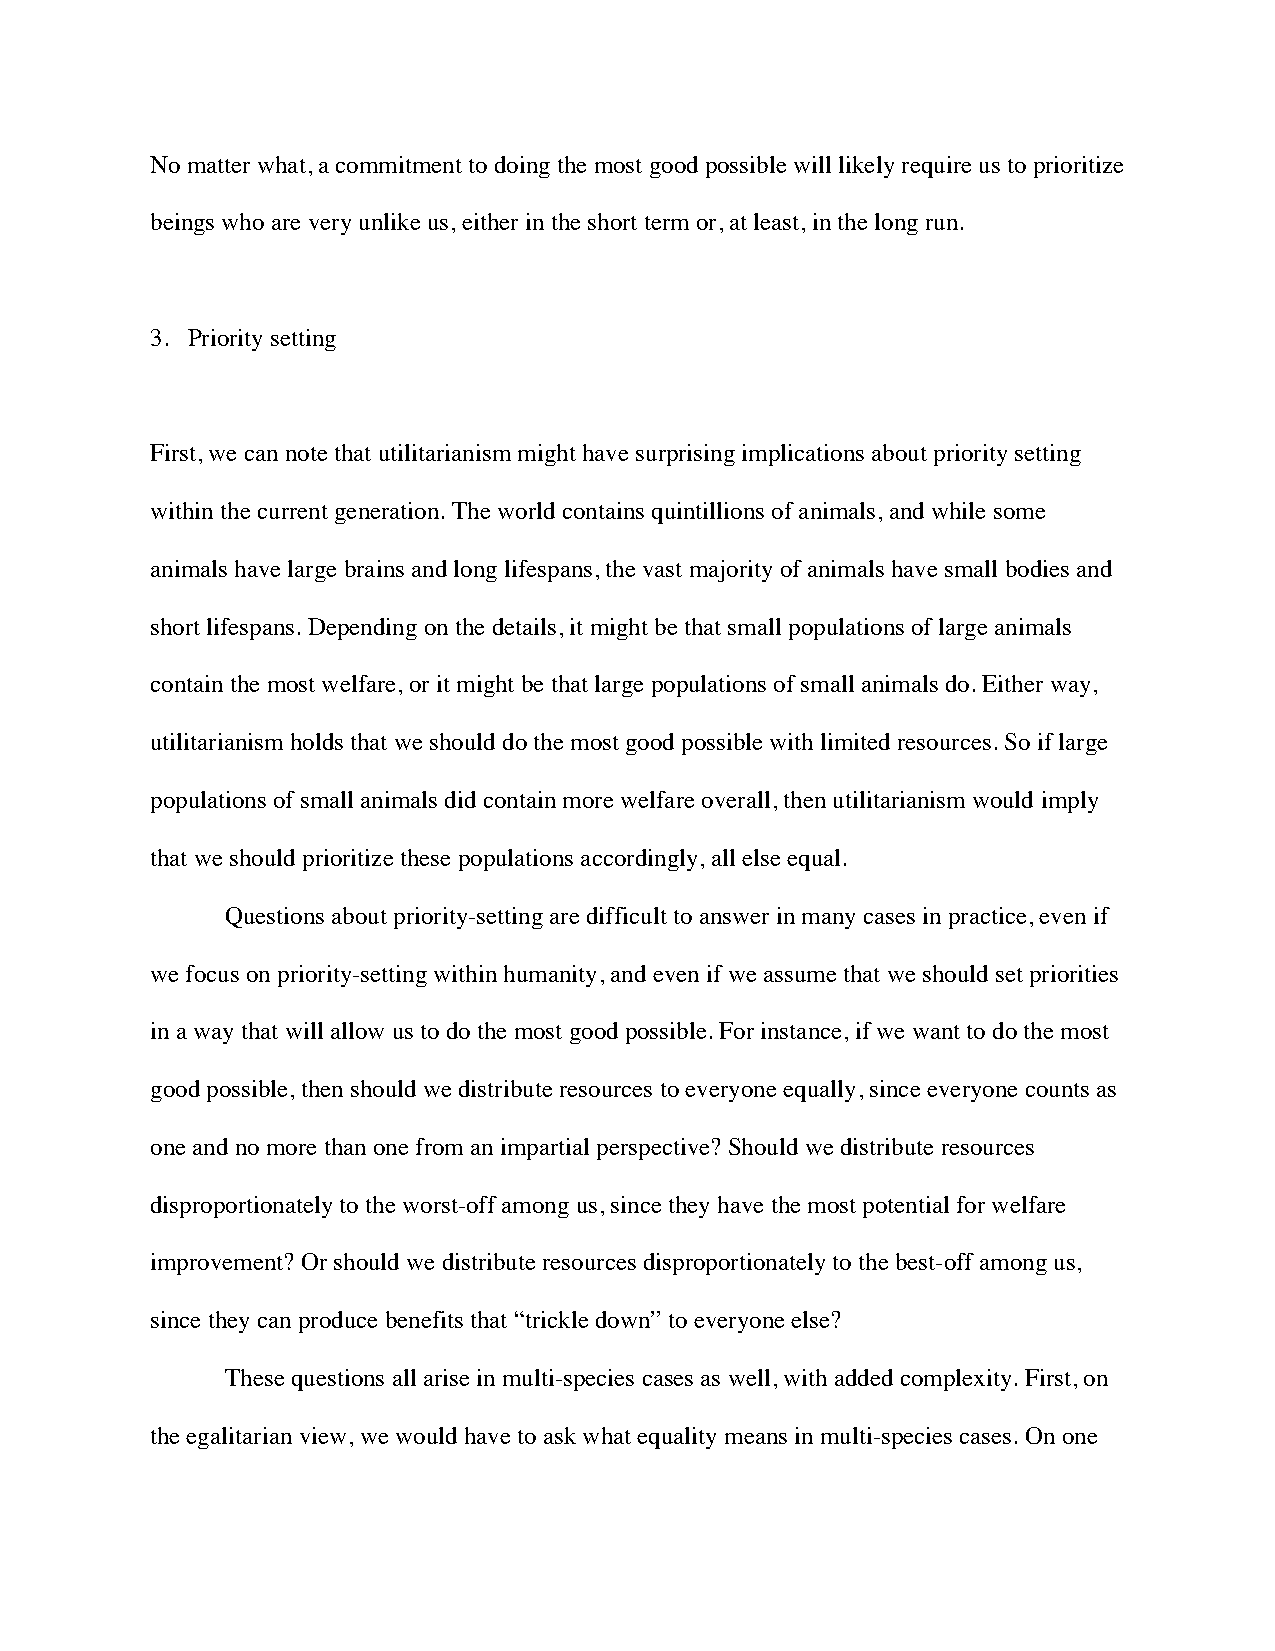
No matter what, a commitment to doing the most good possible will likely require us to prioritize
 beings who are very unlike us, either in the short term or, at least, in the long run.
 3. Priority setting
 First, we can note that utilitarianism might have surprising implications about priority setting
 within the current generation. The world contains quintillions of animals, and while some
 animals have large brains and long lifespans, the vast majority of animals have small bodies and
 short lifespans. Depending on the details, it might be that small populations of large animals
 contain the most welfare, or it might be that large populations of small animals do. Either way,
 utilitarianism holds that we should do the most good possible with limited resources. So if large
 populations of small animals did contain more welfare overall, then utilitarianism would imply
 that we should prioritize these populations accordingly, all else equal.
 Questions about priority-setting are difficult to answer in many cases in practice, even if
 we focus on priority-setting within humanity, and even if we assume that we should set priorities
 in a way that will allow us to do the most good possible. For instance, if we want to do the most
 good possible, then should we distribute resources to everyone equally, since everyone counts as
 one and no more than one from an impartial perspective? Should we distribute resources
 disproportionately to the worst-off among us, since they have the most potential for welfare
 improvement? Or should we distribute resources disproportionately to the best-off among us,
 since they can produce benefits that “trickle down” to everyone else?
 These questions all arise in multi-species cases as well, with added complexity. First, on
 the egalitarian view, we would have to ask what equality means in multi-species cases. On one